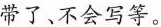
带了、不会写等。